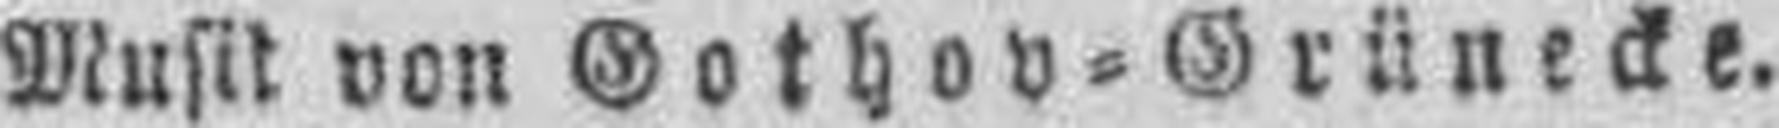
Musik von Gothov=Grünecke.